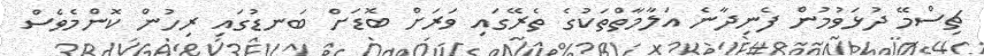
ޗިސްމޭ ދުޅަވުމުން ފެނިދާނެ އަލާމާތްތަކުގެ ތެރޭގައި ވަރަށް ބޮޑަށް ބަނޑުގައި ރިހުން ކޮންމެވެސް